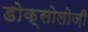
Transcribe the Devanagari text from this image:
डोक्सोलोज़ी